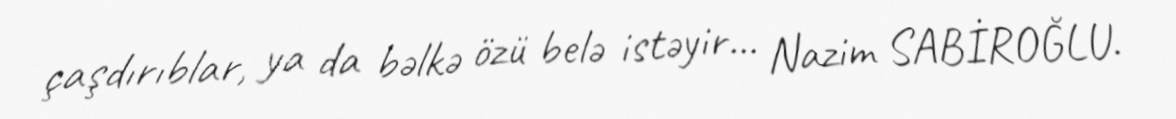
çaşdırıblar, ya da bəlkə özü belə istəyir... Nazim SABİROĞLU.